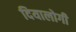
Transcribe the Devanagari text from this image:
दियालोगी